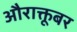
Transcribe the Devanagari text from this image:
औराक्तूबर